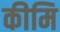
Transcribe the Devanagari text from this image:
कीमि